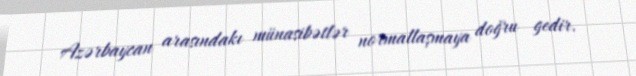
Azərbaycan arasındakı münasibətlər normallaşmaya doğru gedir.